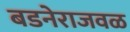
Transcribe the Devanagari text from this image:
बडनेराजवळ